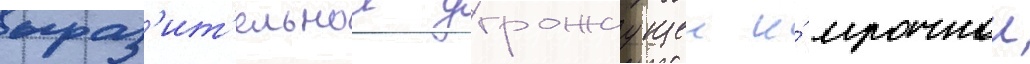
выраз'ит'ельнои угрожаущеи и́ мрачнои